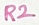
Text: R2